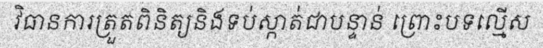
វិធានការត្រួតពិនិត្យនិងទប់ស្កាត់ជាបន្ទាន់ ព្រោះបទល្មើស